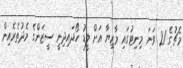
މެޗުގެ 21 ވަނަ މިނިޓުގައި މާޒިޔާ އަށް ލީޑު ހޯދައިދިނީ ސީޒަންގެ މެދުތެރެއިން